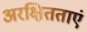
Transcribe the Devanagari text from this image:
अरक्षितताएं